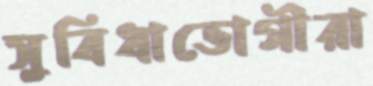
সুবিধাভোগীরা